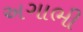
અગાભી